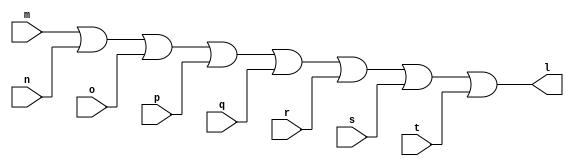
module mux16_8x1_or(l, m, n, o, p, q, r, s, t);
	output [15:0]l;
	input [15:0]m, n, o, p, q, r, s, t;
assign l = m | n | o | p | q | r | s | t;
endmodule